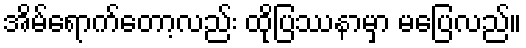
အိမ်ရောက်တော့လည်း ထိုပြဿနာမှာ မပြေလည်။